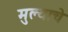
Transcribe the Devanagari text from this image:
मुल्याचे